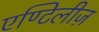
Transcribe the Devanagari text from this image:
एण्टिलीज़